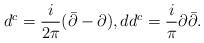
LaTeX: \begin{align*}d^c = \frac{i}{2\pi} (\bar \partial - \partial), dd^c =\frac{i}{\pi} \partial \bar\partial.\end{align*}